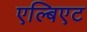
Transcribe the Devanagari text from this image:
एल्बिएट